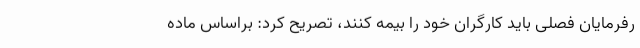
رفرمایان فصلی باید کارگران خود را بیمه کنند، تصریح کرد: براساس ماده